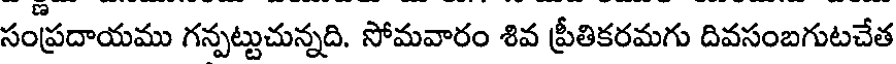
సంప్రదాయము గన్పట్టుచున్నది. సోమవారం శివ ప్రీతికరమగు దివసంబగుటచేత